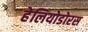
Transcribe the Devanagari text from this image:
हेलियोडोरस